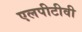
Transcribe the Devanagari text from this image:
एलपीटीवी